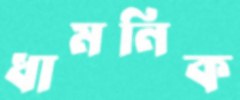
ধামনিক